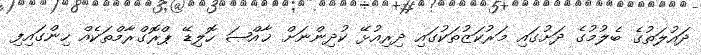
ދައުލަތުގެ ބެލުމުގެ ދަށުގައި މަރުކަޒުތަކުގައި ދިރިއުޅޭ ކުދިންނަށް ޚާއްޞަ ހޮލިޑޭ ޕްރޮގްރާމްތަކެއް ހިންގައިފި